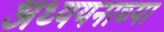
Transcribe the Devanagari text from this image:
अध्ययनाच्या